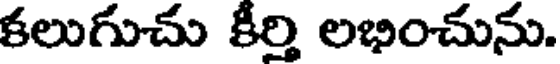
కలుగుచు కీర్తి లభించును.